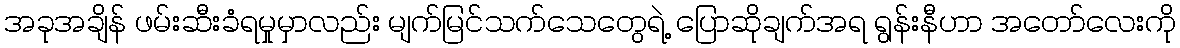
အခုအချိန် ဖမ်းဆီးခံရမှုမှာလည်း မျက်မြင်သက်သေတွေရဲ့ ပြောဆိုချက်အရ ရွန်းနီဟာ အတော်လေးကို